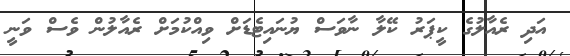
އަދި ރެއާލުގެ ކީޕަރު ކޭލާ ނާވަސް ޔުނައިޓެޑަށް ވިއްކުމަށް ރެއާލުން ވެސް ވަނީ